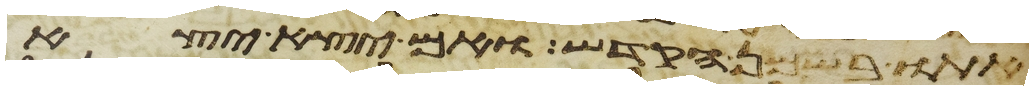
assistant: אתו בשמן הקדש ואם יצא יצא